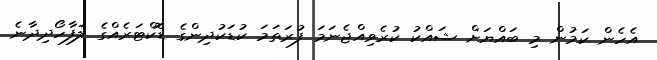
އެހެން ކަމުން މި ބައްޔަށް ޝައްކު ކުރެވިއްޖެނަމަ ފުރަތަމަ ކުޑަކުދިންގެ ޑޮކްޓަރެއްގެ ލަފާހޯދިދާނެ